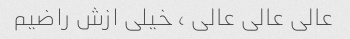
عالی عالی عالی ، خیلی ازش راضیم